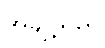
အချို့သည်